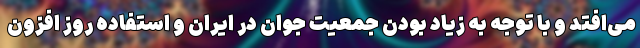
می‌افتد و با توجه به زیاد بودن جمعیت جوان در ایران و استفاده روز افزون